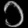
Digit: ၁